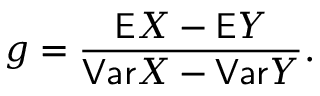
g = \frac { \mathsf E X - \mathsf E Y } { \mathsf { V a r } X - \mathsf { V a r } Y } .